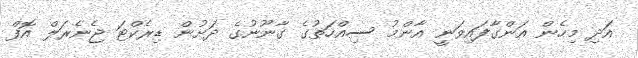
އަދި މިހެން އަންގާފައިވަނީ އާންމު ސިއްހަތުގެ ގާނޫނުގެ ދަށުން ޑިރެކްޓަ ޖެނެރަލް އޮފް